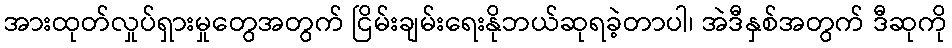
အားထုတ်လှုပ်ရှားမှုတွေအတွက် ငြိမ်းချမ်းရေးနိုဘယ်ဆုရခဲ့တာပါ၊ အဲဒီနှစ်အတွက် ဒီဆုကို